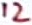
Text: 12